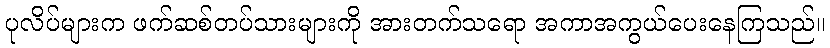
ပုလိပ်များက ဖက်ဆစ်တပ်သားများကို အားတက်သရော အကာအကွယ်ပေးနေကြသည်။